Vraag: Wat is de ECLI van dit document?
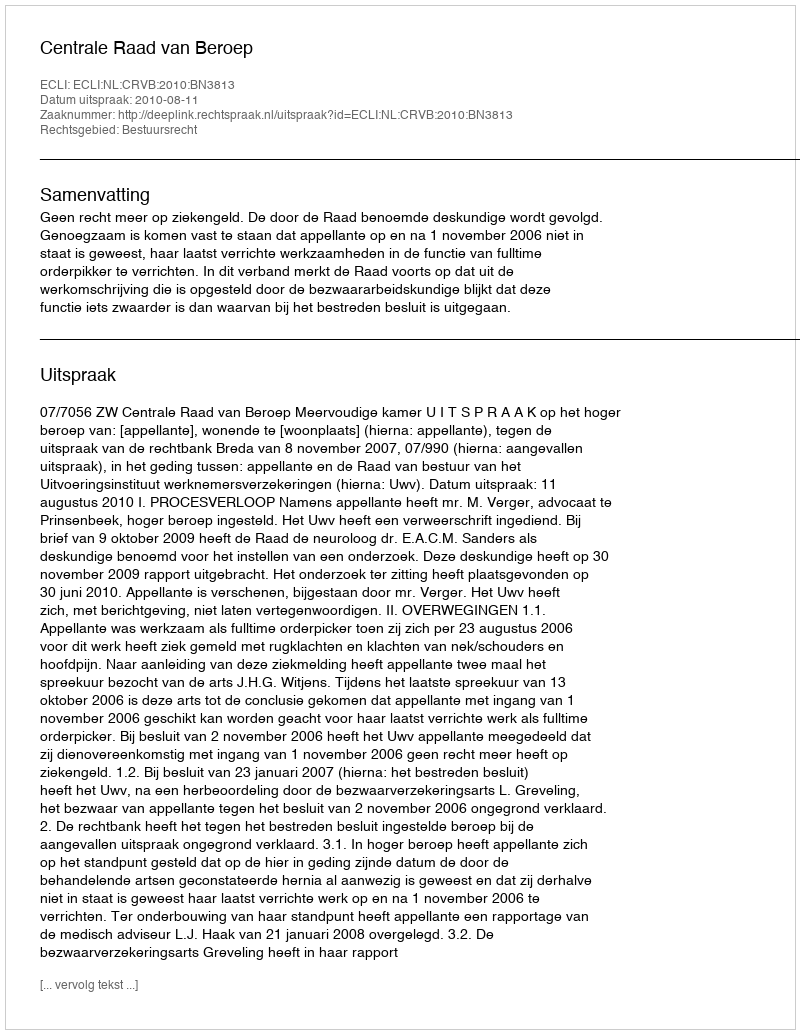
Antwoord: ECLI:NL:CRVB:2010:BN3813